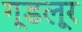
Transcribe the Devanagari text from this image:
गूडलूर